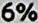
6%